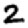
Digit: 2